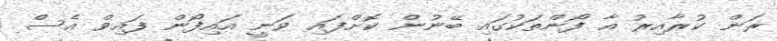
ރަން ކުރާއިރު އާ ފޯންތަކުގައި ބޭނުން ކޮށްފައި ވަނީ އައިފޯން ފައިވް އެސް